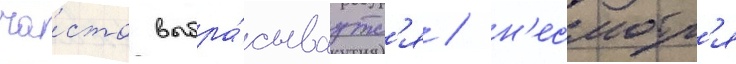
ча́сто выбра́сываутс'я / н'есмотр'я